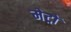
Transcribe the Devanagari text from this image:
मेट्रों